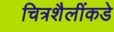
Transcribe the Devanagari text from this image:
चित्रशैलींकडे